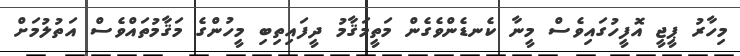
މިހާރު ޕީޖީ އޮފީހުގައިވެސް މީނާ ކެނޑެންވެގެން މަތީމަޤާމު ދީފައިތިބި މީހުންގެ މަޤާމުތައްވެސް އަތުލުމަށް